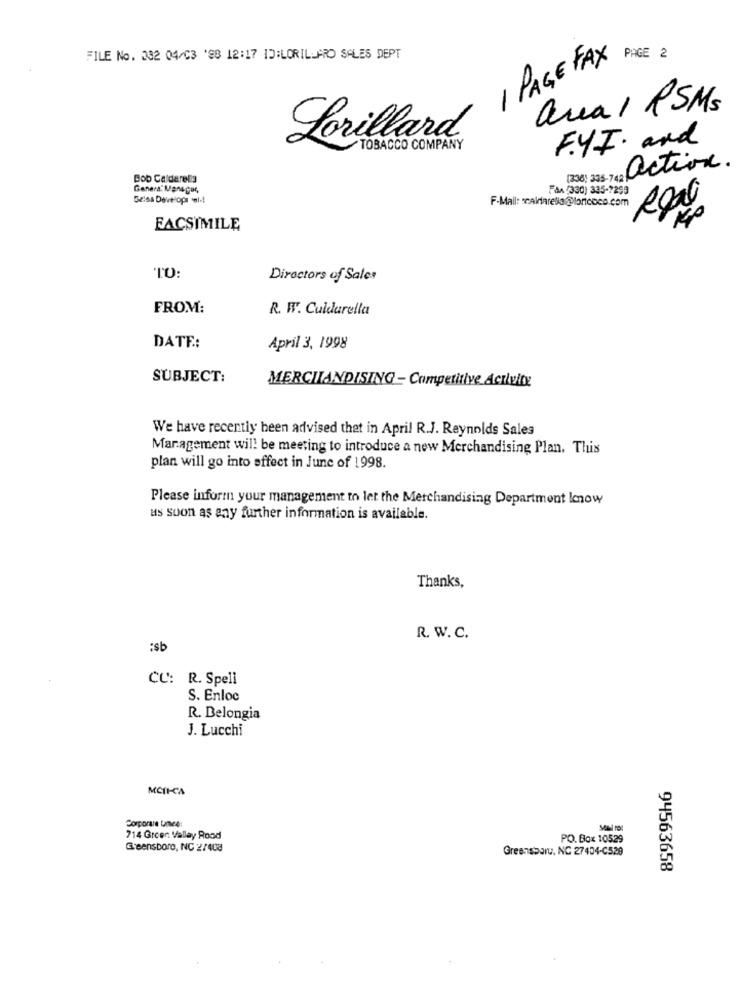
FILE No. 332 04/03 '98 12:17 ID:LORILLARO SALES DEPT
1 PAGE FAX
PAGE 2
area 1 PSMs
Lorillard
FYI· and
TOBACCO COMPANY
(26) 335-742 action.
Bob Calderels
General Manager,
Fån (330) 335-7299
Gelsa Develops el -!
FACSIMILE
TO:
Directors of Sales
FROM:
R. W. Cuidarella
DATE:
April 3, 1998
SUBJECT:
MERCHANDISING - Competitive Activity
We have recently been advised that in April R.J. Reynolds Sales
Management will be meeting to introduce a new Merchandising Plan. This
plan will go into effect in June of 1998.
Please inform your management to let the Merchandising Department know
us suon as any further information is available.
Thanks,
R. W.C.
:sb
CC: R. Spell
S. Enloc
R. Belongia
J. Lucchi
MCIICA
Corporare Une4:
714 Green Valley Road
PO. Box 10529
Greensboro, NC 2/408
Greensbaru, NC 27404-C529
94563658